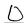
Character: O